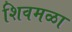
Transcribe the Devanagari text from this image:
शिवमळा